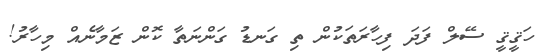
ހަޤީޤީ ސޭލް ފަދަ ފިހާރަތަކުން ތި ގަނޑު ގަންނަތާ ކޮން ޒަމާނެއް މިހާރު!